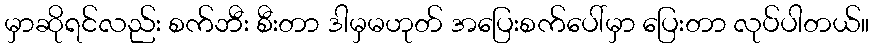
မှာဆိုရင်လည်း စက်ဘီး စီးတာ ဒါမှမဟုတ် အပြေးစက်ပေါ်မှာ ပြေးတာ လုပ်ပါတယ်။